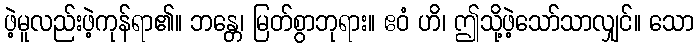
ဖဲ့မူလည်းဖဲ့ကုန်ရာ၏။ ဘန္တေ၊ မြတ်စွာဘုရား။ ဧဝံ ဟိ၊ ဤသို့ဖဲ့သော်သာလျှင်။ သော